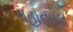
મહાનવલ